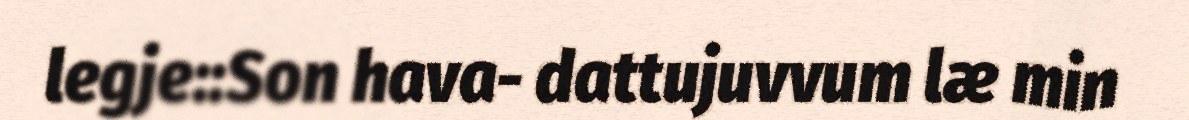
legje::Son hava- dattujuvvum læ min